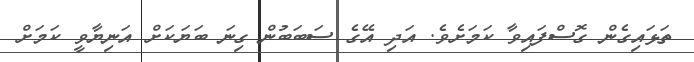
ތަޅައިގެން ގޮސްފައިވާ ކަމަށެވެ. އަދި އޭގެ ސަބަބުން ގިނަ ބަޔަކަށް އަނިޔާވީ ކަމަށް